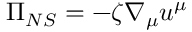
\Pi _ { N S } = - \zeta \nabla _ { \mu } u ^ { \mu }